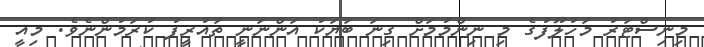
މިނިސްޓަރު މަހުލޫފުގެ މި ނިންމުމަށް ގިނަ ބަޔަކު އަންނަނީ ތައުރީފު ކުރަމުންނެވެ. މިއީ